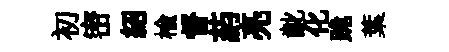
初密紹榆督葯亮齔化跪葉